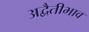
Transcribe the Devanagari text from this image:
अद्वैतीभाव